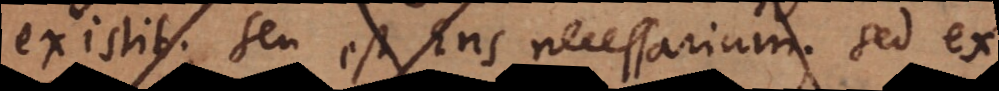
existit; seu est Ens necessarium; sed ex